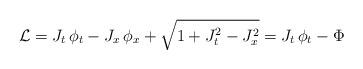
LaTeX: \begin{align*}\mathcal{L}=J_{t}\, \phi _{t}-J_{x}\, \phi _{x}+\sqrt{1+J_{t}^{2}-J_{x}^{2}}=J_{t}\, \phi _{t}-\Phi\end{align*}